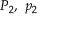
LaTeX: P _ { 2 } , \ p _ { 2 }